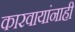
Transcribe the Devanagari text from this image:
कारवायांनाही